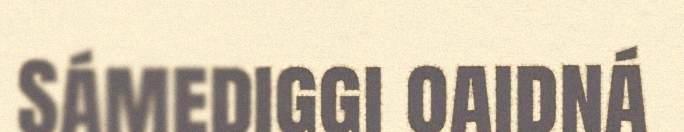
Sámediggi oaidná